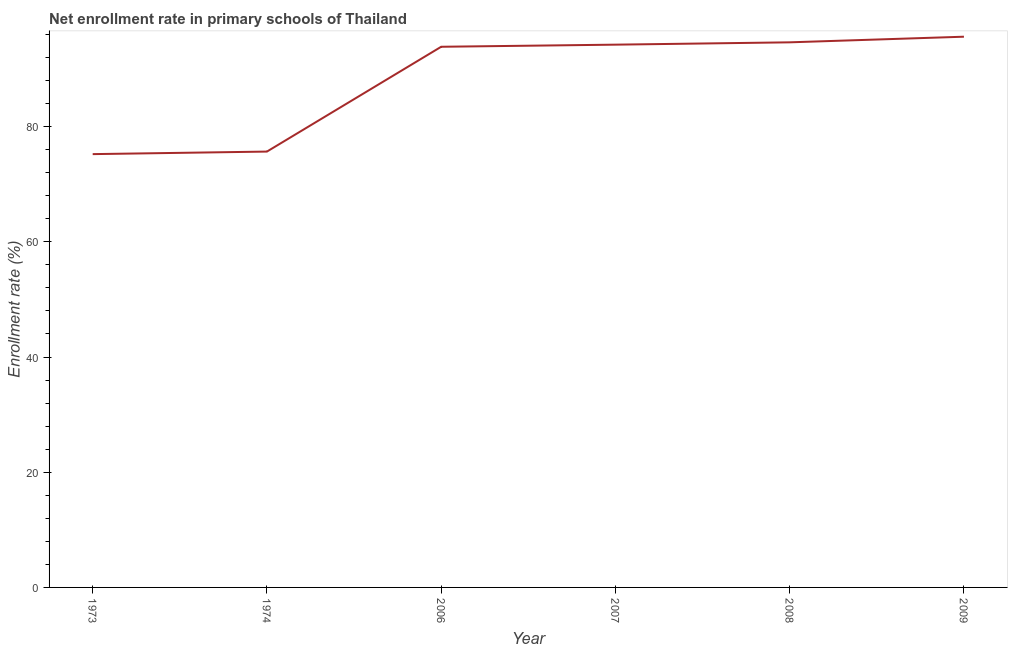
| Year | Adjusted net enrolment rate |
 | --- | --- |
 | 1973 | 75.2 |
 | 1974 | 75.7 |
 | 2006 | 93.9 |
 | 2007 | 94.2 |
 | 2008 | 94.6 |
 | 2009 | 95.6 |